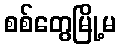
စစ်တွေမြို့မ